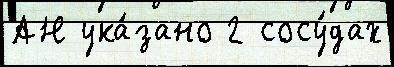
АН ука́зано 2 сосу́дах